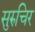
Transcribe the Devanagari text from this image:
सुरुचिर